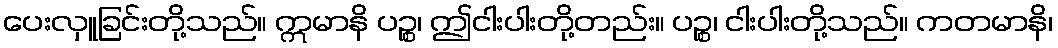
ပေးလှူခြင်းတို့သည်။ ဣမာနိ ပဉ္စ၊ ဤငါးပါးတို့တည်း။ ပဉ္စ၊ ငါးပါးတို့သည်။ ကတမာနိ၊